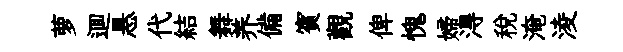
萝逥悬代結舞养備賓觀俾愧婦淂税淹淩